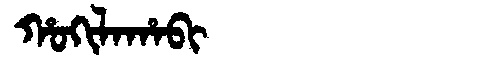
Manchu: ᡥᠣᡴᡳᠯᠠᡥᠠᠪᡳ
Romanization: HOKILAHABI